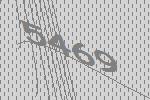
5469